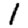
Digit: 1